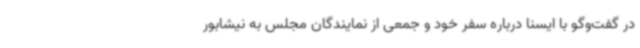
در گفت‌وگو با ایسنا درباره سفر خود و جمعی از نمایندگان مجلس به نیشابور